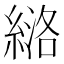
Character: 𫃶